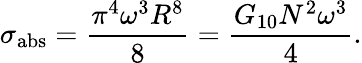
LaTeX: \sigma_{\mathrm{abs}}=\frac{\pi^{4}\omega^{3}R^{8}}{8}=\frac{G_{10}N^{2}\omega^{3}}{4}.